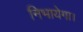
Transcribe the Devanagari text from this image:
निभायेगा।